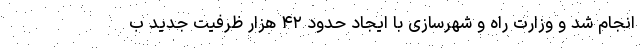
انجام شد و وزارت راه و شهرسازی با ایجاد حدود ۴۲ هزار ظرفیت جدید ب